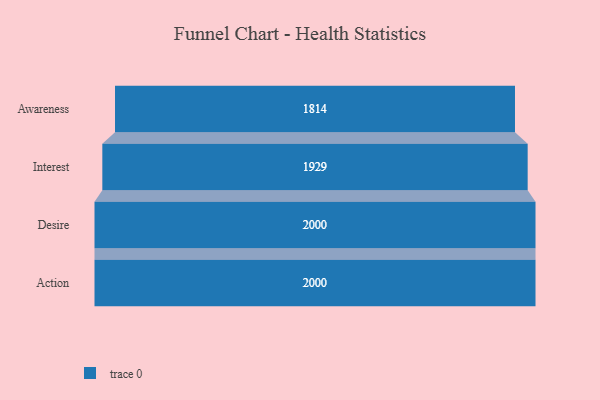
{"axis": {"x": "Stage", "y": "Value"}, "legend": [""], "data": [{"x": "Awareness", "y": 1814.0, "type": ""}, {"x": "Interest", "y": 1929.0, "type": ""}, {"x": "Desire", "y": 2000, "type": ""}, {"x": "Action", "y": 2000, "type": ""}]}